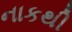
નાકથી